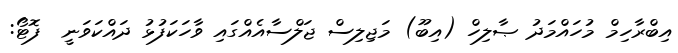
އިބްރާހިމް މުހައްމަދު ޞާލިހް (އިބޫ) މަޖިލިސް ޖަލްސާއެއްގައި ވާހަކަފުޅު ދައްކަވަނީ  ފޮޓޯ: